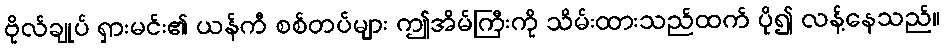
ဗိုလ်ချုပ် ရှားမင်း၏ ယန်ကီ စစ်တပ်များ ဤအိမ်ကြီးကို သိမ်းထားသည်ထက် ပို၍ လန့်နေသည်။